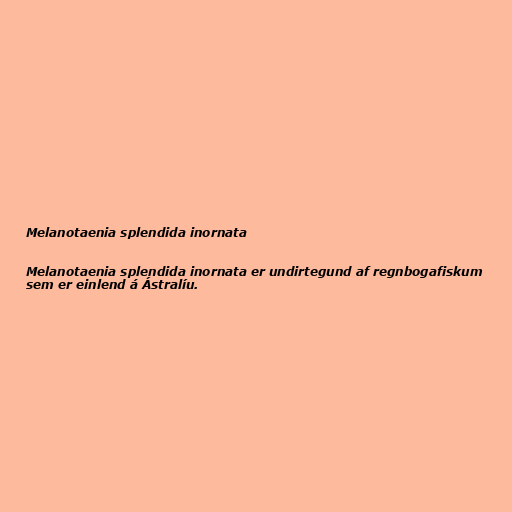
Melanotaenia splendida inornata

Melanotaenia splendida inornata er undirtegund af regnbogafiskum
sem er einlend á Ástralíu.